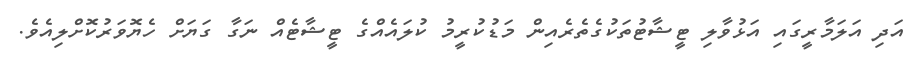
އަދި އަލަމާރީގައި އަޅުވާލި ޓީޝާޓުތަކުގެތެރެއިން މަޑުކުރީމު ކުލައެއްގެ ޓީޝާޓެއް ނަގާ ގަޔަށް ހެޔޮވަރުކޮށްލިއެވެ.